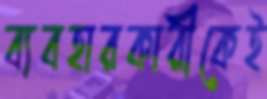
ব্যবহারকারীকেই